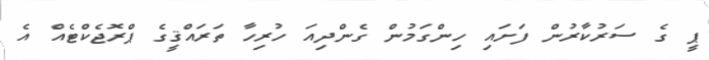
ޕީ ގެ ސަރުކާރުން ފަށައި ހިންގަމުން ގެންދިއަ ހުރިހާ ތަރައްޤީގެ ޕްރޮޖެކްޓެއް އެ